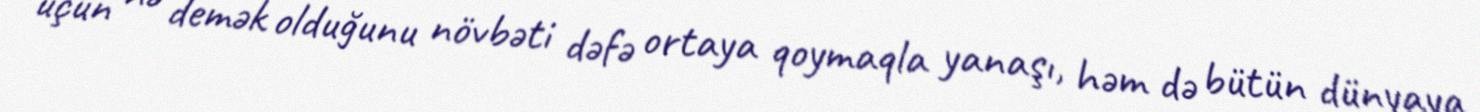
üçün nə demək olduğunu növbəti dəfə ortaya qoymaqla yanaşı, həm də bütün dünyaya